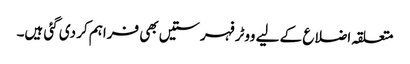
متعلقہ اضلاع کے لیے ووٹر فہرستیں بھی فراہم کر دی گئی ہیں۔